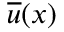
{ \overline { { u } } } ( { \boldsymbol { x } } )